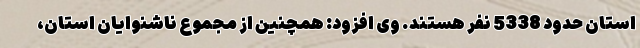
استان حدود 5338 نفر هستند. وی افزود: همچنین از مجموع ناشنوایان استان،